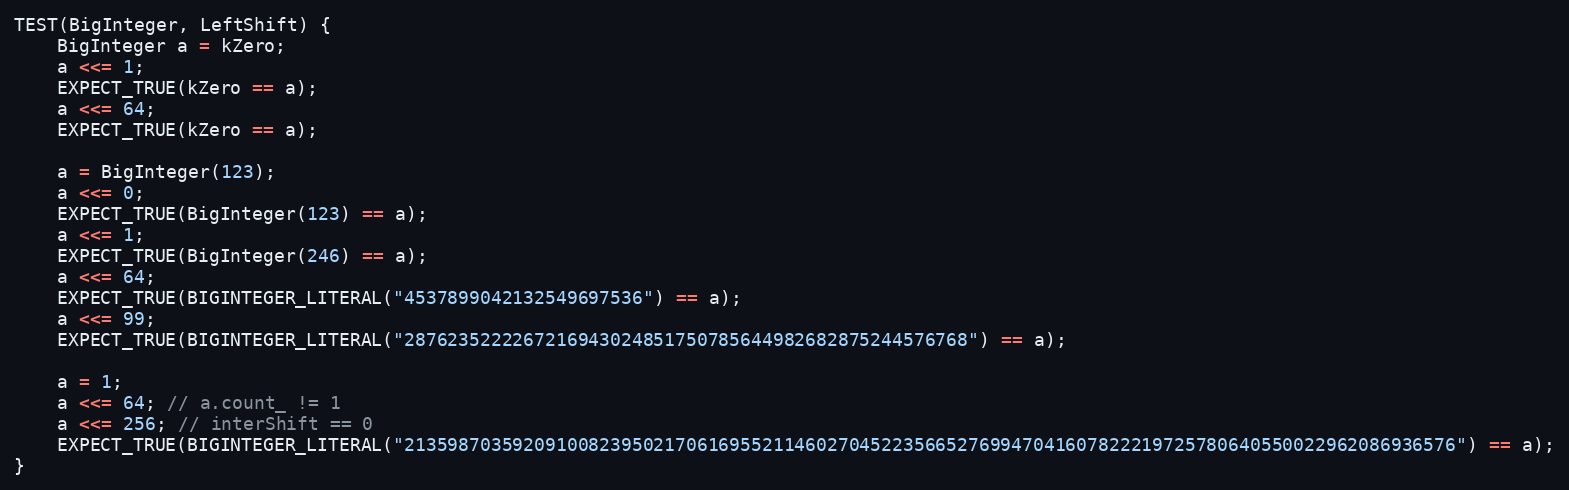
Language: C++
TEST(BigInteger, LeftShift) {
    BigInteger a = kZero;
    a <<= 1;
    EXPECT_TRUE(kZero == a);
    a <<= 64;
    EXPECT_TRUE(kZero == a);

    a = BigInteger(123);
    a <<= 0;
    EXPECT_TRUE(BigInteger(123) == a);
    a <<= 1;
    EXPECT_TRUE(BigInteger(246) == a);
    a <<= 64;
    EXPECT_TRUE(BIGINTEGER_LITERAL("4537899042132549697536") == a);
    a <<= 99;
    EXPECT_TRUE(BIGINTEGER_LITERAL("2876235222267216943024851750785644982682875244576768") == a);

    a = 1;
    a <<= 64; // a.count_ != 1
    a <<= 256; // interShift == 0
    EXPECT_TRUE(BIGINTEGER_LITERAL("2135987035920910082395021706169552114602704522356652769947041607822219725780640550022962086936576") == a);
}